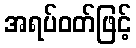
အရပ်ဝတ်ဖြင့်